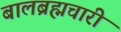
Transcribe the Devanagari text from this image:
बालब्रह्मचारी